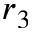
r _ { 3 }